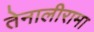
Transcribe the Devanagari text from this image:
तेनालीरामा